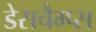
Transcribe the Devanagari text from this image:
डेसचैम्प्स